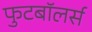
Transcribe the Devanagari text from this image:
फुटबॉलर्स